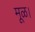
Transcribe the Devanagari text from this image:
मूळ।